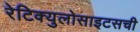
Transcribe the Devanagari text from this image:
रेटिक्युलोसाइटसची